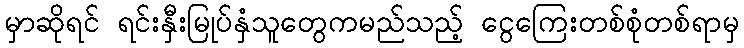
မှာဆိုရင် ရင်းနှီးမြုပ်နှံသူတွေကမည်သည့် ငွေကြေးတစ်စုံတစ်ရာမှ